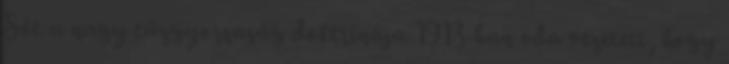
Sőt a nagy tűzgyorsaság doktrínája 1913-ban oda vezetett, hogy